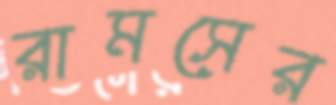
রামসের